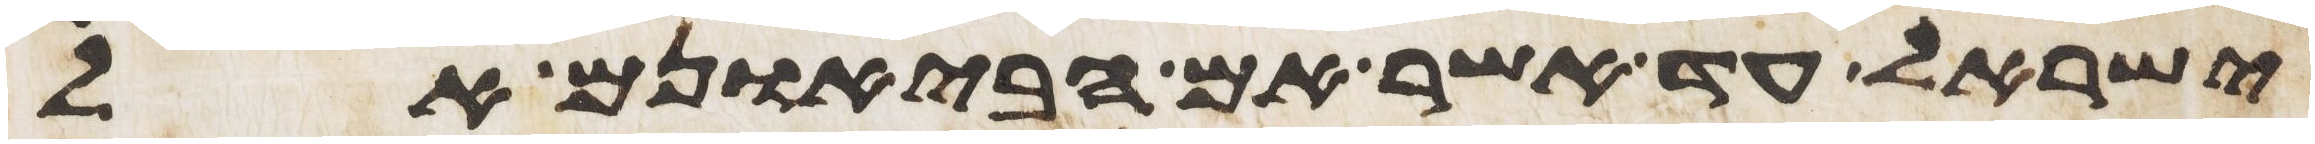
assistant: ישראל עד אשר אם הבאנום אל